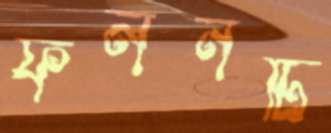
ফলনটি